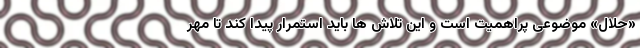
«حلال» موضوعی پراهمیت است و این تلاش ها باید استمرار پیدا کند تا مهر